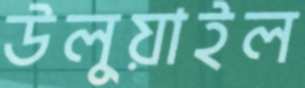
উলুয়াইল